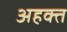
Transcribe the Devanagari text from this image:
अहक्त